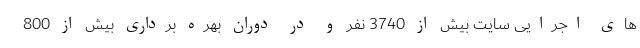
های اجرایی سایت بیش از 3740 نفر و در دوران بهره برداری بیش از 800